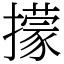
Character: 㩚